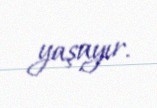
yaşayır.